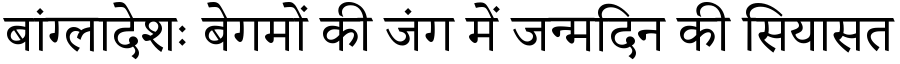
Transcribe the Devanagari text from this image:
बांग्लादेशः बेगमों की जंग में जन्मदिन की सियासत